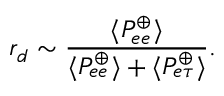
r _ { d } \sim \frac { \langle P _ { e e } ^ { \oplus } \rangle } { \langle P _ { e e } ^ { \oplus } \rangle + \langle P _ { e \tau } ^ { \oplus } \rangle } .